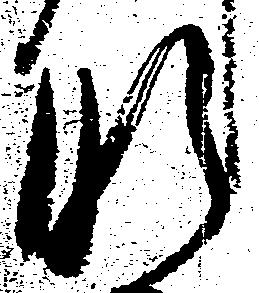
肝